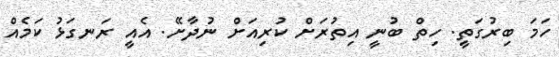
ހަމަ ބިރުގަތީ. ހިތް ބުނީ އިތުރަށް ކުރިއަށް ނުދާށޭ. އެއީ ރަނގަޅު ކަމެއް